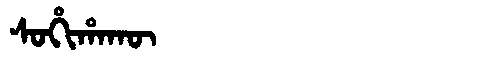
Manchu: ᠰᠣᡥᡳᡥᠠᡴᡡ
Romanization: SOHIHAKŪ